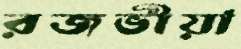
রজভীয়া